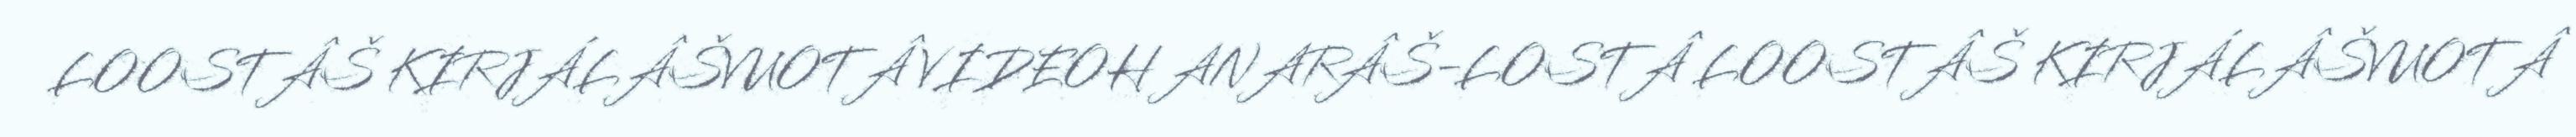
LOOSTÂŠ KIRJÁLÂŠVUOTÂ VIDEOH ANARÂŠ-LOSTÂ LOOSTÂŠ KIRJÁLÂŠVUOTÂ